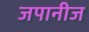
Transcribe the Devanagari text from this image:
जपानीज